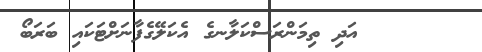
١٤٦      އަދި ތިމަންރަސްކަލާނގެ އެކަލޭގެފާނަށްޓަކައި ބަރަބޯ